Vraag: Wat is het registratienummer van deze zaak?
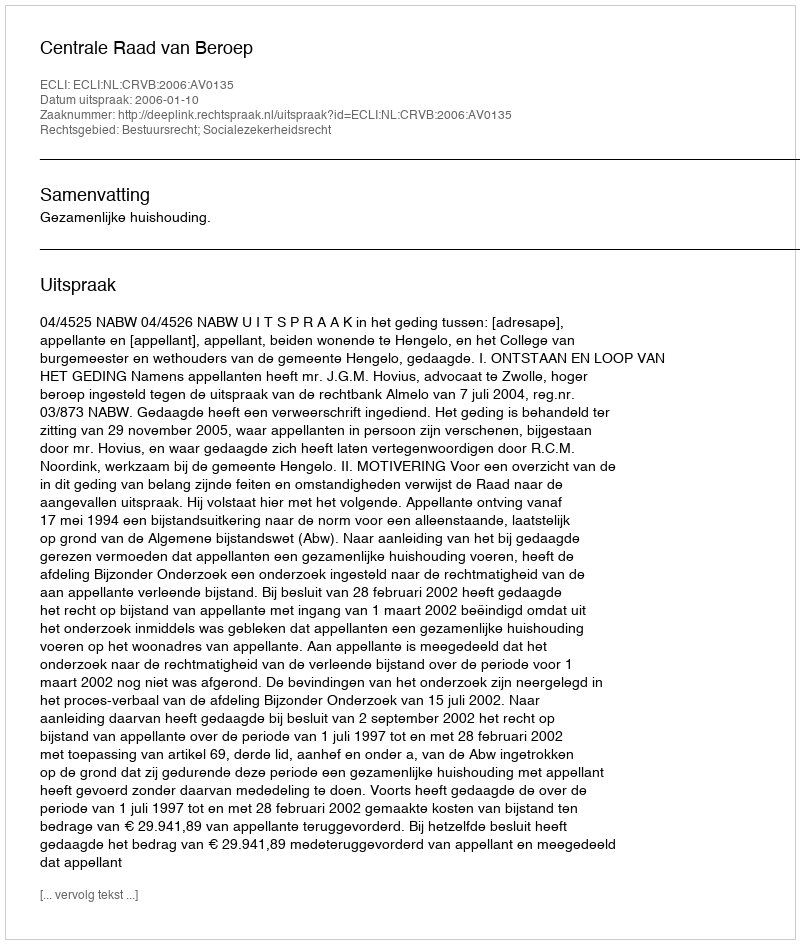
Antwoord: http://deeplink.rechtspraak.nl/uitspraak?id=ECLI:NL:CRVB:2006:AV0135